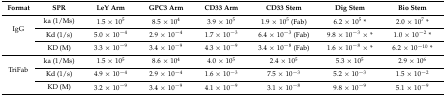
| Format | SPR | LeY Arm | GPC3 Arm | CD33 Arm | CD33 Stem | Dig Stem | Bio Stem |
 | --- | --- | --- | --- | --- | --- | --- | --- |
 | <ROWSPAN=3> IgG | ka (1/Ms) | 1.5 × 105 | 8.5 × 104 | 3.9 × 105 | 1.9 × 105 (Fab) | 6.2 × 105 * | 2.0 × 107 * |
 | Kd (1/s) | 5.0 × 10−4 | 2.9 × 10−4 | 1.7 × 10−3 | 6.4 × 10−3 (Fab) | 9.8 × 10−3 × * | 1.0 × 10−2 * |
 | KD (M) | 3.3 × 10−9 | 3.4 × 10−9 | 4.3 × 10−9 | 3.4 × 10−8 (Fab) | 1.6 × 10−8 × * | 6.2 × 10−10 * |
 | <ROWSPAN=3> TriFab | ka (1/Ms) | 1.5 × 105 | 8.6 × 104 | 4.0 × 105 | 2.4 × 105 | 5.3 × 105 | 2.9 × 106 |
 | Kd (1/s) | 4.9 × 10−4 | 2.9 × 10−4 | 1.6 × 10−3 | 7.5 × 10−3 | 5.2 × 10−3 | 1.5 × 10−2 |
 | KD (M) | 3.2 × 10−9 | 3.4 × 10−9 | 4.1 × 10−9 | 3.1 × 10−8 | 9.8 × 10−9 | 5.1 × 10−9 |